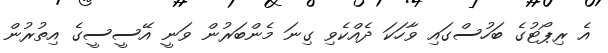
އެ ރިޕޯޓުގެ ބަހުސްގައި ވާހަކަ ދެއްކެވި ގިނަ މެންބަރުން ވަނީ އޭސީސީގެ އިތުރުން